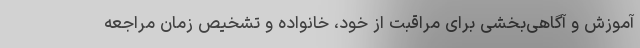
آموزش و آگاهی‌بخشی برای مراقبت از خود، خانواده و تشخیص زمان مراجعه